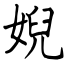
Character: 婗